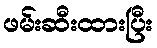
ဖမ်းဆီးထားပြီး